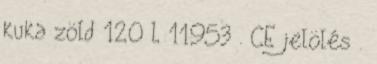
kuka zöld 120 L 11953 . CE jelölés .